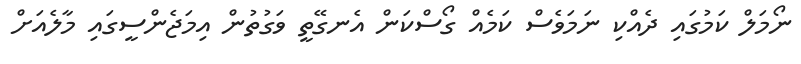
ނޯމަލް ކަމުގައި ދެއްކި ނަމަވެސް ކަމެއް ގޯސްކަން އެނގޭތީ ވަގުތުން އިމަޖެންސީގައި މާލެއަށް